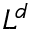
L ^ { d }